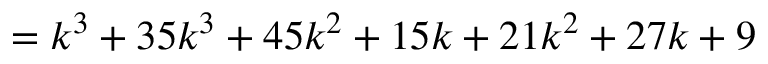
= k ^ { 3 } + 3 5 k ^ { 3 } + 4 5 k ^ { 2 } + 1 5 k + 2 1 k ^ { 2 } + 2 7 k + 9